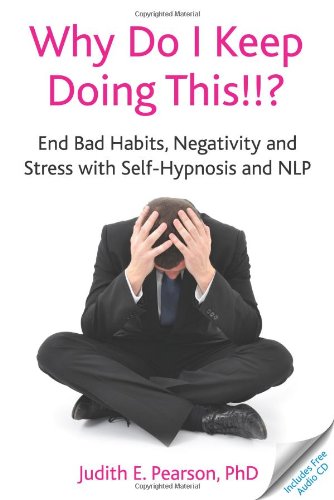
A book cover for Why Do I Keep Doing This!!? End bad habits, negativity and stress with self-hypnosis and NLP; Judith E. Pearson; Self-Help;